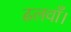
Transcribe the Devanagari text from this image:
ढलवाँ।